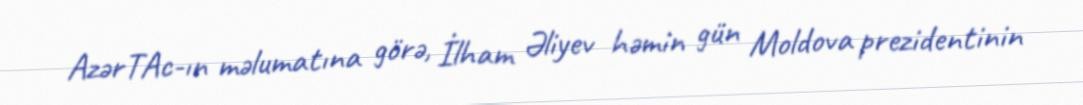
AzərTAc-ın məlumatına görə, İlham Əliyev həmin gün Moldova prezidentinin